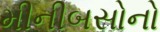
મીનીબસોનો